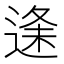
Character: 𮞦